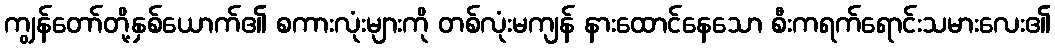
ကျွန်တော်တို့နှစ်ယောက်၏ စကားလုံးများကို တစ်လုံးမကျန် နားထောင်နေသော စီးကရက်ရောင်းသမားလေး၏